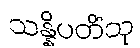
သန္နိပတိံသု